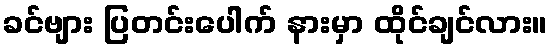
ခင်ဗျား ပြတင်းပေါက် နားမှာ ထိုင်ချင်လား။